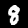
Label: 8